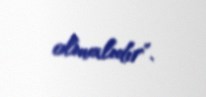
olmalıdır".